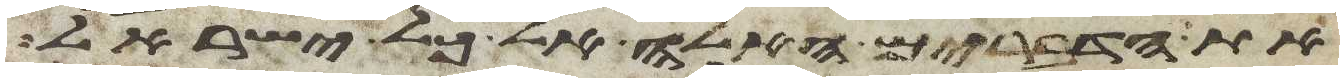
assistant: את הדברים האלה אל כל ישראל